Mental hospitals Bombay report 1929-33 - 1929-1933
Year: 1929
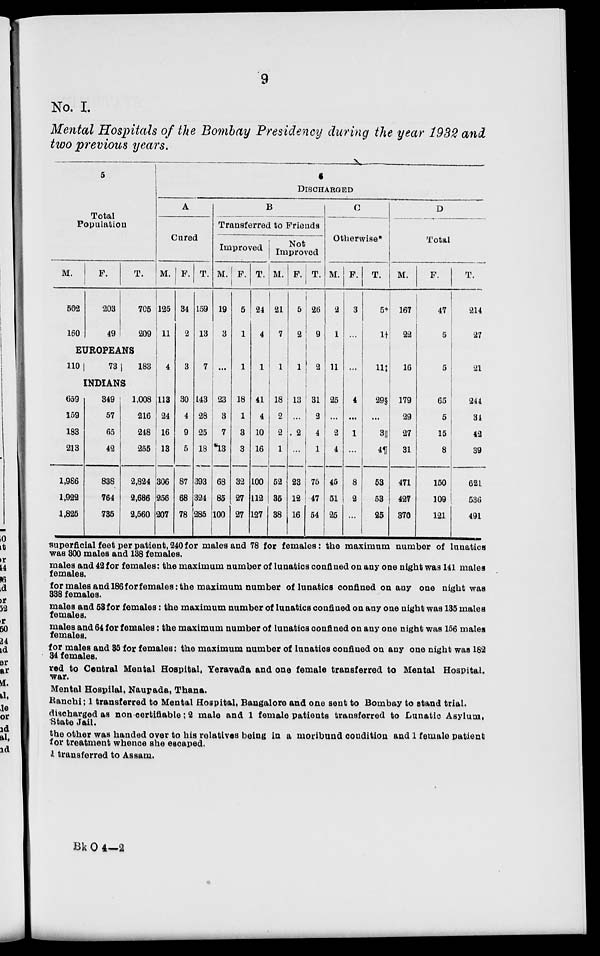
9
No. I.
Mental Hospitals of the Bombay Presidency during the year 1932 and
two previous years.
5
Total
Population
M.
502
160
F.
203
49
T.
705
209
EUROPEANS
110
73 183
INDIANS
659
159
183
213
1,986
1,922
1,825
349
57
65
42
838
764
735
1,008
216
248
255
2,824
2,686
2,560
6
DISCHARGED
A
Cured
M.
125
11
4
113
24
16
13
306
256
207
F.
34
2
3
30
4
9
5
87
68
78
T.
159
13
7
143
28
25
18
393
324
285
B
Transferred to Friends
Improved
M.
19
3
...
23
3
7
13
68
85
100
F.
5
1
1
18
1
3
3
32
27
27
T.
24
4
1
41
4
10
16
100
112
127
Not
Improved
M.
21
7
1
18
2
2
1
52
35
38
F.
5
2
1
13
...
2
...
23
12
16
T.
26
9
2
31
2
4
1
75
47
54
C
Otherwise*
M.
2
1
11
25
...
2
4
45
51
25
F.
3
...
...
4
...
1
...
8
2
...
T.
5*
1†
11‡
29§
...
3||
4¶
53
53
25
D
Total
M.
167
22
16
179
29
27
31
471
427
370
F.
47
5
5
65
5
15
8
150
109
121
T.
214
27
21
244
34
42
39
621
536
491
superficial feet per patient, 240 for males and 78 for females: the maximum number of lunatics
was 300 males and 138 females.
males and 42 for females: the maximum number of lunatics confined on any one night was 141 males
females.
for males and 186 for females: the maximum number of lunatics confined on any one night was
338 females.
males and 53 for females: the maximum number of lunatics confined on any one night was 135 males
females.
males and 64 for females: the maximum number of lunatics confined on any one night was 156 males
females.
for males and 35 for females: the maximum number of lunatics confined on any one night was 182
34 females.
red to Central Mental Hospital, Yeravada and one female transferred to Mental Hospital.
war.
Mental Hospital, Naupada, Thana.
Ranchi; 1 transferred to Mental Hospital, Bangalore and one sent to Bombay to stand trial.
discharged as non certifiable; 2 male and 1 female patients transferred to Lunatic Asylum,
State Jail.
the other was handed over to his relatives being in a moribund condition and 1 female patient
for treatment whence she escaped.
1 transferred to Assam.
Bk O 4—2